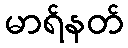
မာရ်နတ်